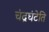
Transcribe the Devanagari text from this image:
चंद्रघंटेति